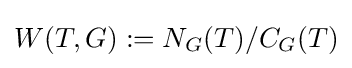
W(T,G):=N_{G}(T)/C_{G}(T)